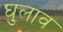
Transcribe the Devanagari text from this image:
घुलाव